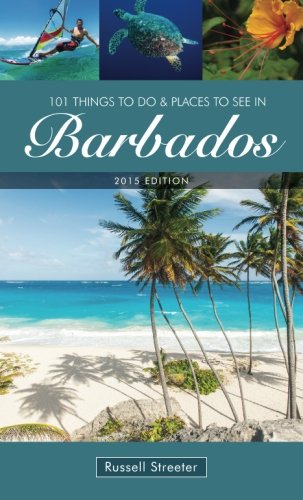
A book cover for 101 Things To Do and Places To See in Barbados; Russell Streeter; Travel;